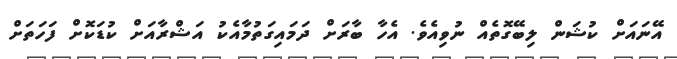
އޭނައަށް ކުޝަން ލިބޭގޮތެއް ނުވިއެވެ. އެހާ ބާރަށް ދަމައިގަތުމާއެކު އަޝްރާއަށް ކުޑަކޮށް ފަހަތަށް